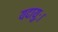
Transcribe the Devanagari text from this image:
यदायुः।